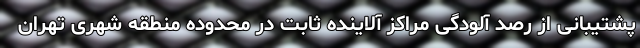
پشتیبانی از رصد آلودگی مراکز آلاینده ثابت در محدوده منطقه شهری تهران